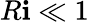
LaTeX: R\mathbf{i}\ll1